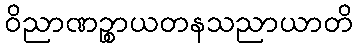
ဝိညာဏဉ္စာယတနသညာယာတိ